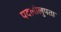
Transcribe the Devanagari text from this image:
पदलोलुपता